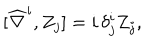
[ \widehat { \nabla } ^ { i } , Z _ { j } ] = i \, \delta _ { j } ^ { i } Z _ { j } ,